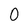
Character: 0